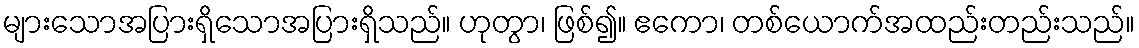
များသောအပြားရှိသောအပြားရှိသည်။ ဟုတွာ၊ ဖြစ်၍။ ဧကော၊ တစ်ယောက်အထည်းတည်းသည်။